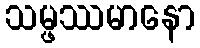
သမ္ဖဿမာနော